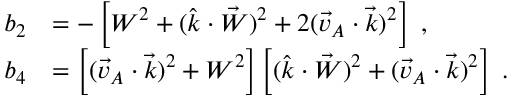
\begin{array} { r l } { b _ { 2 } } & { = - \left[ W ^ { 2 } + ( \hat { k } \cdot \vec { W } ) ^ { 2 } + 2 ( \vec { v } _ { A } \cdot \vec { k } ) ^ { 2 } \right] \; , } \\ { b _ { 4 } } & { = \left[ ( \vec { v } _ { A } \cdot \vec { k } ) ^ { 2 } + W ^ { 2 } \right] \left[ ( \hat { k } \cdot \vec { W } ) ^ { 2 } + ( \vec { v } _ { A } \cdot \vec { k } ) ^ { 2 } \right] \; . } \end{array}